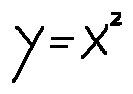
y = x ^ { z }